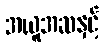
အယူအဆနှင့်